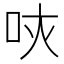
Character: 𠰵